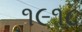
૧૯૧૮